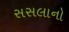
સસલાનો